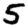
Digit: 5